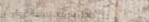
مركز تدريب الرياضة يوفر ل